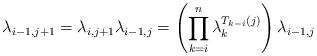
LaTeX: \begin{align*}\lambda_{i-1,j+1} = \lambda_{i,j+1} \lambda_{i-1,j} = \left(\prod_{k=i}^{n} \lambda_{k}^{T_{k-i}(j) }\right)\lambda_{i-1,j}\end{align*}